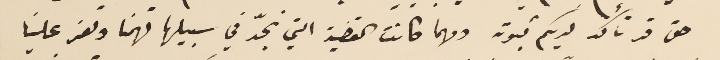
حق قد تأكد لديكم ثبوته ومهما كانت القضية التي نجدّ في سبيلها فهمنا وتعز علينا